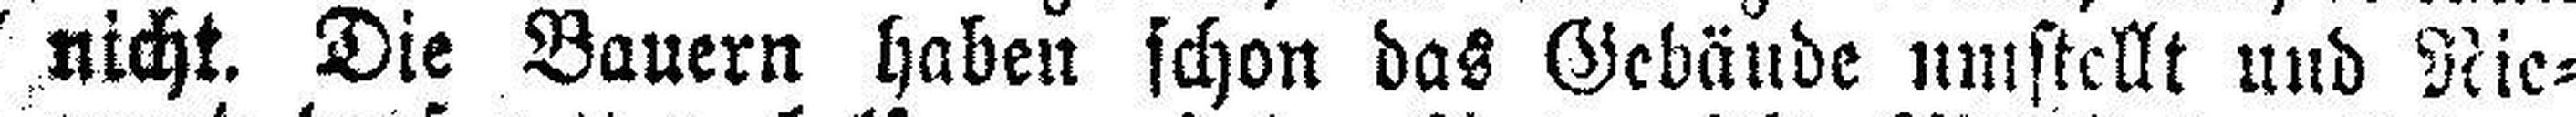
nicht. Dis Bauern haben schon das Gebäude umstellt und Nie¬